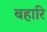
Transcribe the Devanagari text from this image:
बहारि